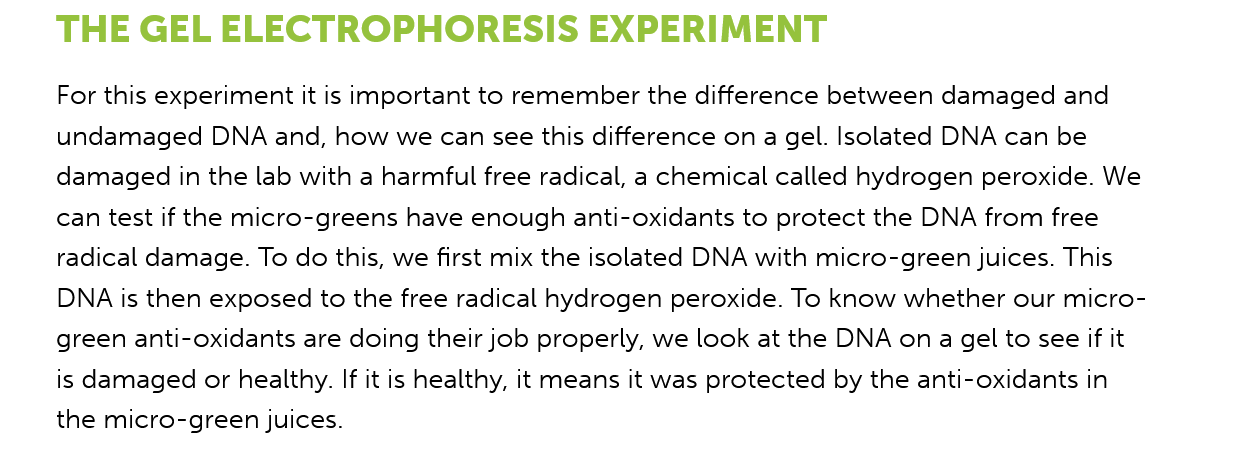
For this experiment it is important to remember the difference between damaged and
     undamaged  DNA and, how we can see this difference on a gel. Isolated DNA can be
     damaged in the lab with a harmful free radical, a chemical called hydrogen peroxide. We
     can test if the micro-greens have enough anti-oxidants to protect the DNA from free
     radical damage. To do this, we first mix the isolated DNA with micro-green juices. This
     DNA is then exposed to the free radical hydrogen peroxide. To know whether our micro-
     green anti-oxidants are doing their job properly, we look at the DNA on
    a
     gel to see if it
     is damaged or healthy. If it is healthy, it means it was protected by the anti-oxidants in
     the micro-green juices.
    THE   GEL   ELECTROPHORESIS    EXPERIMENT